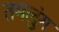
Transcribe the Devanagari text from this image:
तमलुंग